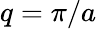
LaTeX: q=\pi/a